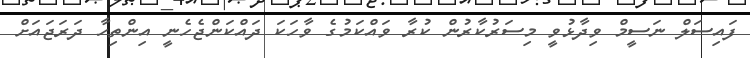
ފައިސަލް ނަސީމް ވިދާޅުވީ މިސަރުކާރުން ކުރާ ވައްކަމުގެ ވާހަކަ ދައްކަންޖެހެނީ އިންތިހާ ދަރަޖައަށް